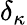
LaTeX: \delta_{\kappa}